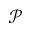
\mathcal { P }